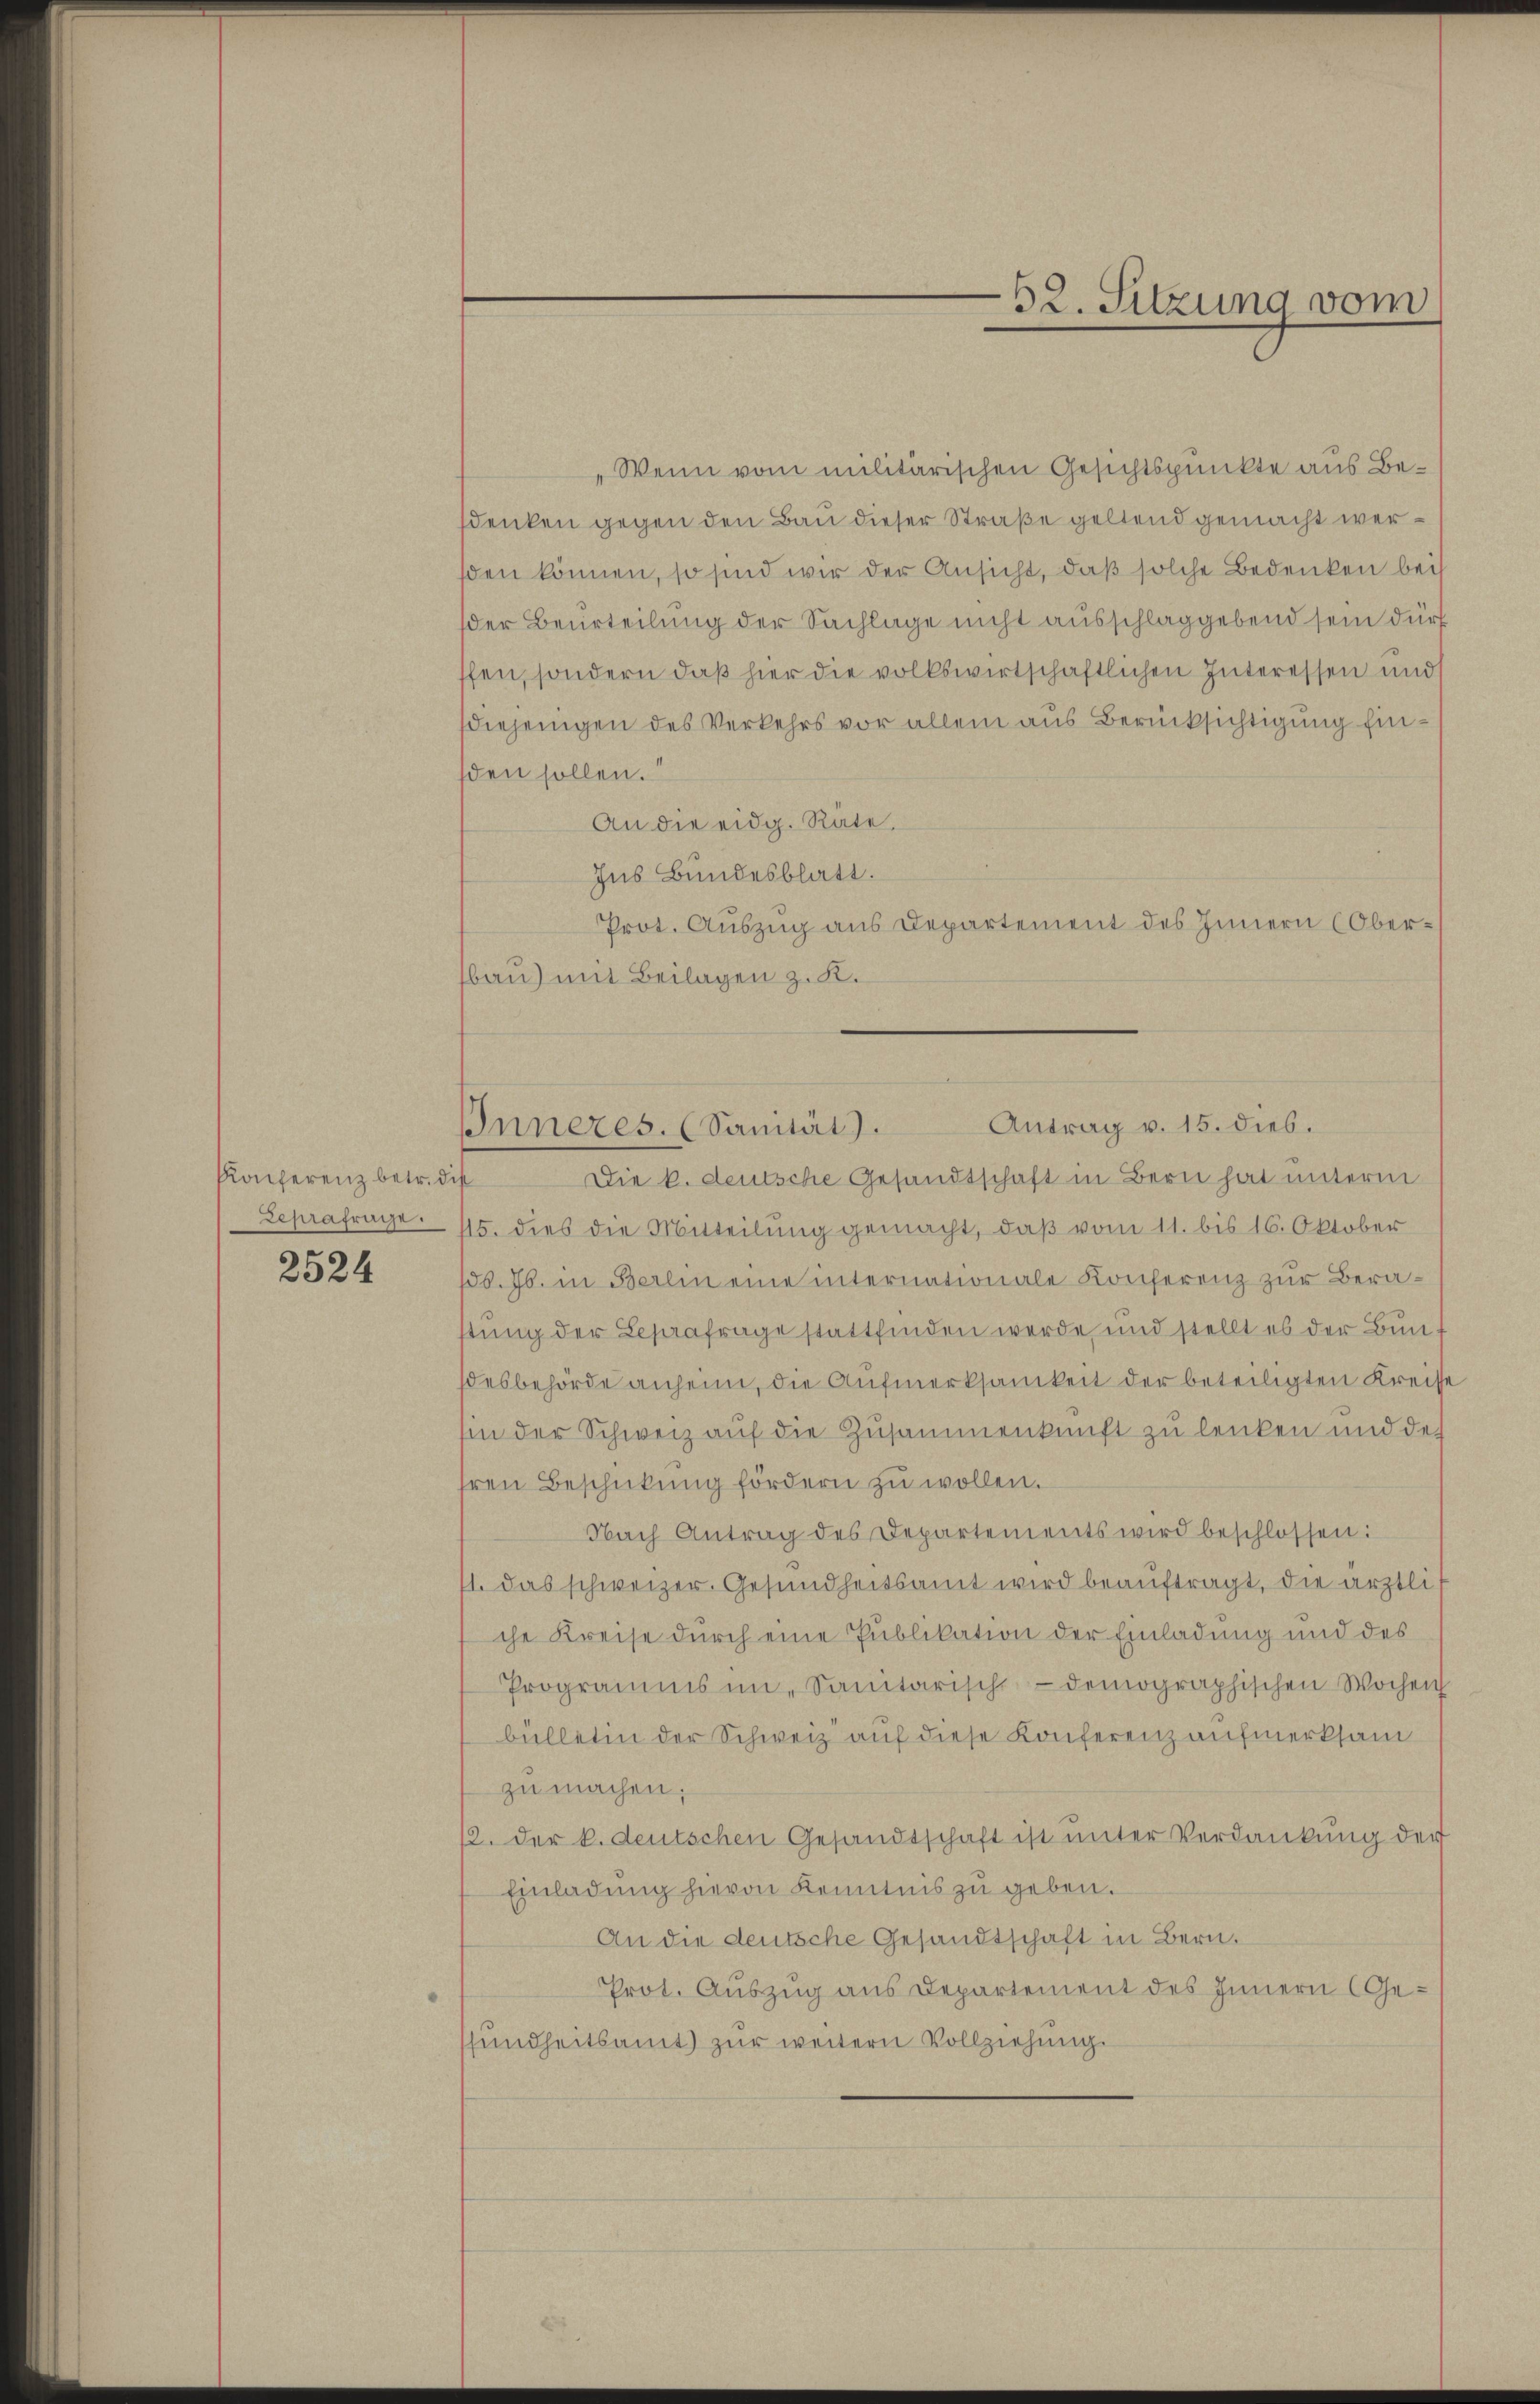
Konferenz betr. dis
Leprafrage.

2524

„Wenn vom militärischen Gesichtspunkte aus Bedenken gegen den Bau dieser Straße geltend gemacht wersden können, so sind wir der Ansicht, daß solche Bedenken bei
der Beurteilung der Sachlage nicht ausschlaggebend sein dürf
ffen, sondern daß hier die volkswirtschaftlichen Interessen und
diejenigen des Verkehrs vor allein aus Berücksichtigung Einsden sollen.
An die eidg. Räte.
Ins Bundesblatt.
Prot. Auszug aus Departement des Innern (Oberbau) mit Beilagen z. K.

52. Sitzung vom

Antrag v. 15. dies.
IInneres. (Sanität).

Die k. deutsche Gesandtschaft in Bern hat unterm
15. dies die Mitteilung gemacht, daβ vom 11. bis 16. Oktober
156. Js. in Berlin eine internationale Konferenz zur Beratung der Leseafrage stattfinden werde, und stellt es der Bun
desbehörde anheim, die Aufmerksamkeit der beteiligten Kreisse
hin der Schweiz auf die Zusammenkunft zu lenken und des
hren Beschickŭng fördern zŭ wollen.
Nach Antrag des Departements wird beschlossen:
11. Das schweizer. Gesundheitsamt wird beauftragt, die ärztlis
che Kreise durch eine Publikation der Einladung und des
Programms im Sanitarisch-demographischen Wochen
bülletin der Schweiz auf diese Konferenz aufmerksam
zu machen.
12. der k. deutschen Gesandtschaft ist unter Verdankung der
Einladung hievon Kenntnis zu geben.
An die deutsche Gesandtschaft in Bern.
Prot. Auszug aus Departement des Innern (Ge-
sundheitsamt zur weitern Vollziehung.